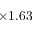
\times 1 . 6 3